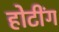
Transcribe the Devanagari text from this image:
होटींग